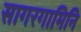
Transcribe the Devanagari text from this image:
सागरगामिनि